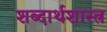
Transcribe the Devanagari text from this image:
शब्दार्थशास्त्र